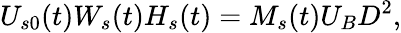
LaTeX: U_{s0}(t)W_{s}(t)H_{s}(t)=M_{s}(t)U_{B}D^{2},